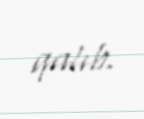
qalıb.